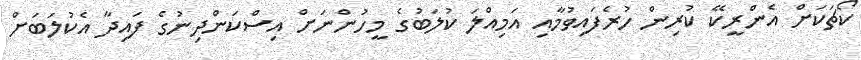
ކޯޗަކަށް އެންރީކޭ ކުރިން ހުރެފައިވުމާއި އަމިއްލަ ކުލަބުގެ މީހުންނަށް އިސްކަންދިނުގެ ފައިދާ އެކުލަބަށް